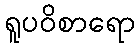
ရူပဝိစာရော